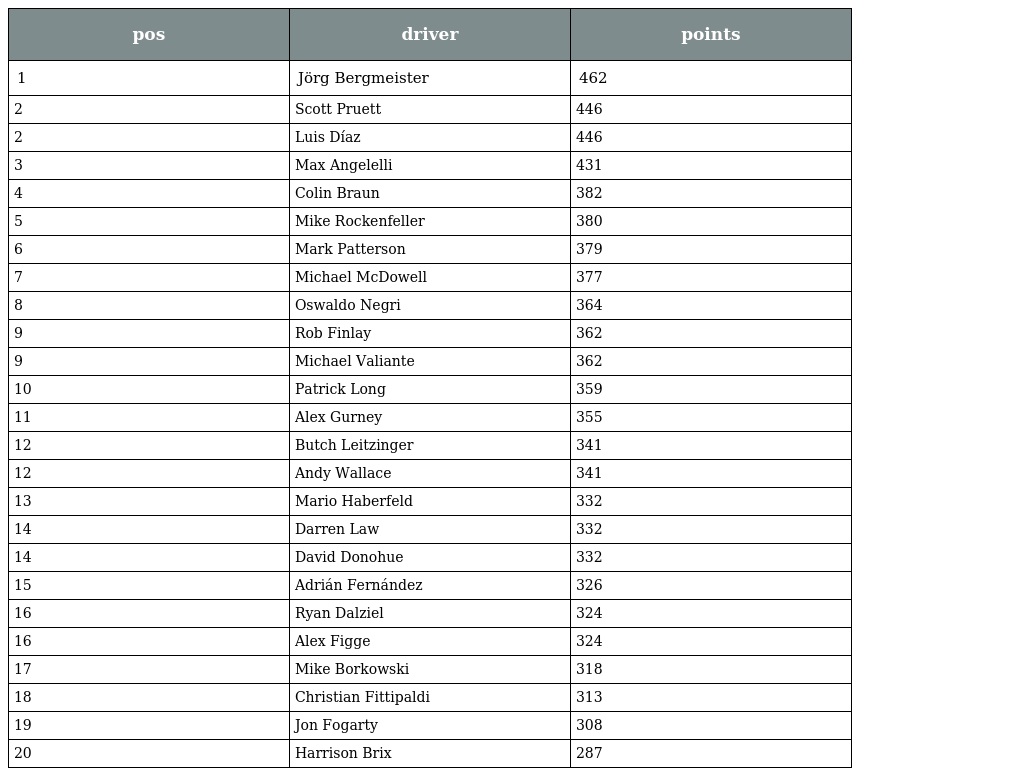
| pos | driver | points |
 | --- | --- | --- |
 | 1 | Jörg Bergmeister | 462 |
 | 2 | Scott Pruett | 446 |
 | 2 | Luis Díaz | 446 |
 | 3 | Max Angelelli | 431 |
 | 4 | Colin Braun | 382 |
 | 5 | Mike Rockenfeller | 380 |
 | 6 | Mark Patterson | 379 |
 | 7 | Michael McDowell | 377 |
 | 8 | Oswaldo Negri | 364 |
 | 9 | Rob Finlay | 362 |
 | 9 | Michael Valiante | 362 |
 | 10 | Patrick Long | 359 |
 | 11 | Alex Gurney | 355 |
 | 12 | Butch Leitzinger | 341 |
 | 12 | Andy Wallace | 341 |
 | 13 | Mario Haberfeld | 332 |
 | 14 | Darren Law | 332 |
 | 14 | David Donohue | 332 |
 | 15 | Adrián Fernández | 326 |
 | 16 | Ryan Dalziel | 324 |
 | 16 | Alex Figge | 324 |
 | 17 | Mike Borkowski | 318 |
 | 18 | Christian Fittipaldi | 313 |
 | 19 | Jon Fogarty | 308 |
 | 20 | Harrison Brix | 287 |